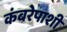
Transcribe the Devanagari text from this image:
कंबरेपाशी